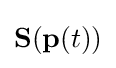
{\mathbf {S} }({\mathbf {p} }(t))